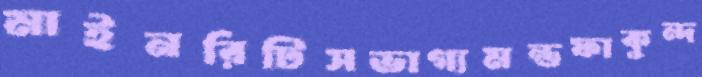
মাইনরিটিসভাগ্যমন্তফাকুন্দ